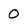
Character: 0